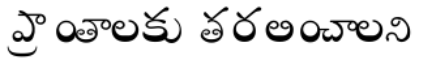
ప్రాంతాలకు తరలించాలని